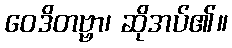
ဝေဒိတဗ္ဗာ၊ ဆိုအပ်၏။